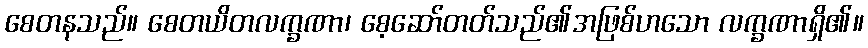
စေတနသည်။ စေတယိတလက္ခဏာ၊ စေ့ဆော်တတ်သည်၏အဖြစ်ဟသော လက္ခဏာရှိ၏။